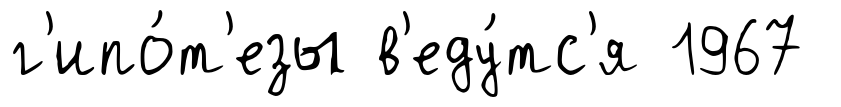
г'ипо́т'езы в'еду́тс'я 1967